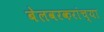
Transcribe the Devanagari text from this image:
बेलवरकरांच्या